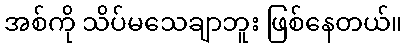
အစ်ကို သိပ်မသေချာဘူး ဖြစ်နေတယ်။